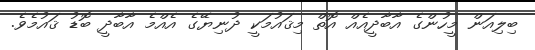
ބިލިއަން މީހުންގެ އާބާދީއެއް އޮތް މިޤައުމަކީ ދުނިޔޭގެ އެއްމެ އާބާދީ ބޮޑު ޤައުމެވެ.